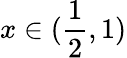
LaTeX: x\in(\frac{1}{2},1)